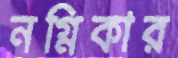
নগ্নিকার